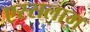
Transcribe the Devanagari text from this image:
एस्सलाम